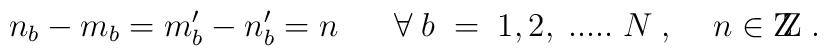
n_b - m_b = m^\prime_b - n^\prime_b = n  \;\; \; \; \; \; \forall \; b \; = \; 1,2, \; ..... \; N \; , \; \;  \;\;  n \in \mbox{Z\hspace{-1.35mm}Z} \; .